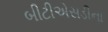
બીટીએસડીના